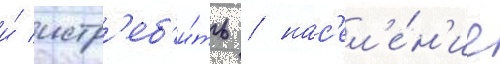
и́ истр'еб'и́ть / нас'ел'е́н'ие